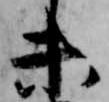
未